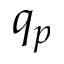
q _ { p }